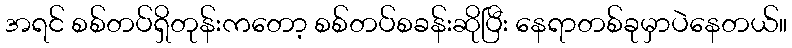
အရင် စစ်တပ်ရှိတုန်းကတော့ စစ်တပ်စခန်းဆိုပြီး နေရာတစ်ခုမှာပဲနေတယ်။